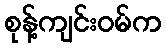
စုန့်ကျင်းဝမ်က